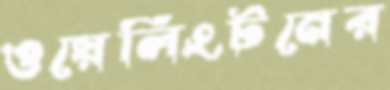
ওয়েলিংটনের